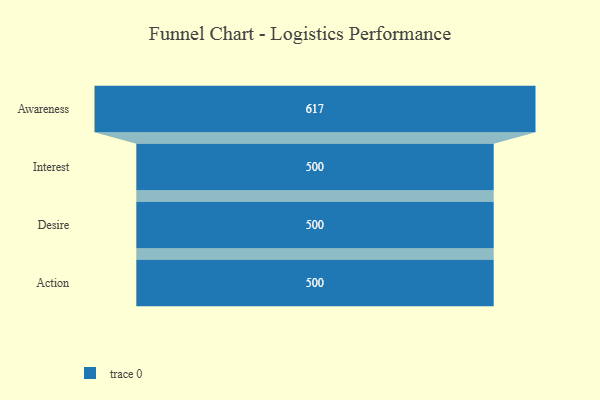
{"axis": {"x": "Stage", "y": "Value"}, "legend": [""], "data": [{"x": "Awareness", "y": 617.0, "type": ""}, {"x": "Interest", "y": 500, "type": ""}, {"x": "Desire", "y": 500, "type": ""}, {"x": "Action", "y": 500, "type": ""}]}